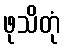
ဖုသိတုံ